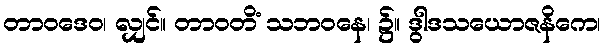
တာဝဒေဝ၊ လျှင်။ တာဝတိံ သဘဝနေ၊ ၌။ ဒွါဒသယောဇနိကေ၊